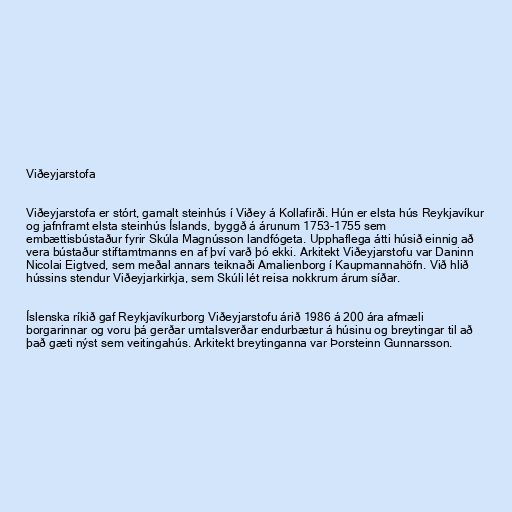
Viðeyjarstofa

Viðeyjarstofa er stórt, gamalt steinhús í Viðey á Kollafirði. Hún er elsta hús Reykjavíkur
og jafnframt elsta steinhús Íslands, byggð á árunum 1753-1755 sem
embættisbústaður fyrir Skúla Magnússon landfógeta. Upphaflega átti húsið einnig að
vera bústaður stiftamtmanns en af því varð þó ekki. Arkitekt Viðeyjarstofu var Daninn
Nicolai Eigtved, sem meðal annars teiknaði Amalienborg í Kaupmannahöfn. Við hlið
hússins stendur Viðeyjarkirkja, sem Skúli lét reisa nokkrum árum síðar.

Íslenska ríkið gaf Reykjavíkurborg Viðeyjarstofu árið 1986 á 200 ára afmæli
borgarinnar og voru þá gerðar umtalsverðar endurbætur á húsinu og breytingar til að
það gæti nýst sem veitingahús. Arkitekt breytinganna var Þorsteinn Gunnarsson.